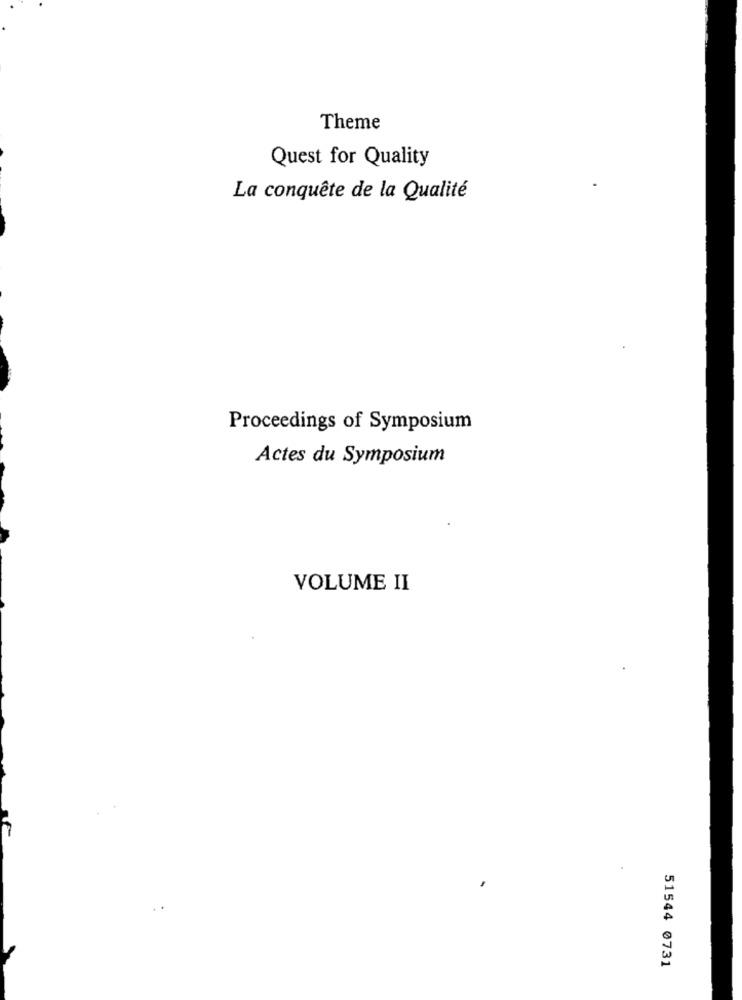
Theme
Quest for Quality
La conquête de la Qualité
Proceedings of Symposium
Actes du Symposium
VOLUME II
51544 0731